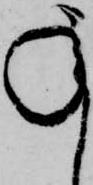
承